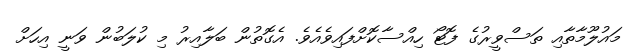
މައުލޫމާތާއި ތަސްވީރުގެ ފޮޓޯ ހިއްސާކޮށްފައިވެއެވެ. އެގޮތުން ބަލާއިރު މި ކުލަބުން ވަނީ އިހަށް